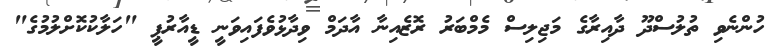
ހުންނެވި ތުލުސްދޫ ދާއިރާގެ މަޖިލިސް މެމްބަރު ރޮޒެއިނާ އާދަމް ވިދާޅުވެފައިވަނީ ޑީއާރުޕީ "ހަލާކުކޮށްލުމުގެ"